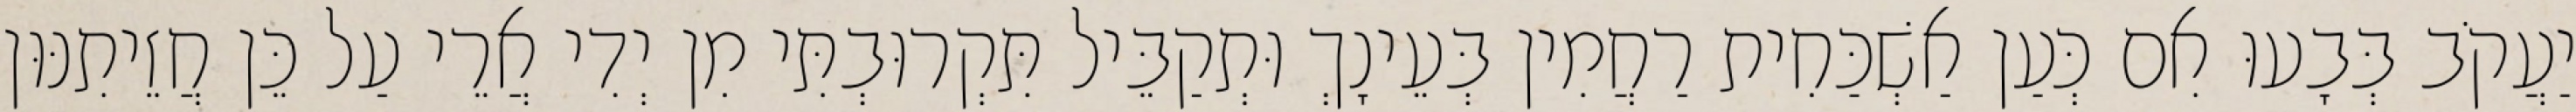
יַעֲקֹב בְּבָעוּ אִם כְּעַן אַשְׁכַּחִית רַחֲמִין בְּעֵינָךְ וּתְקַבֵּיל תִּקְרוּבְתִּי מִן יְדִי אֲרֵי עַל כֵּן חֲזֵיתִנּוּן